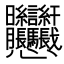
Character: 𱟛